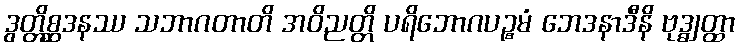
ဒွတ္တိစ္ဆဒနဿ သဘာဂတာတိ အဝိညတ္တိ ပရိဘောဂပဉ္စမံ ဘေဒနာဒီနိ ဗုဒ္ဓျတ္ထာ